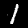
Digit: 1